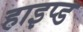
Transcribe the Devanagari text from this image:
हाइप्ड